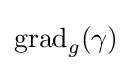
\mathrm {grad} _{g}(\gamma )